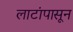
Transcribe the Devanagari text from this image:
लाटांपासून